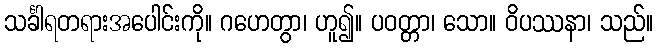
သင်္ခါရတရားအပေါင်းကို။ ဂဟေတွာ၊ ဟူ၍။ ပဝတ္တာ၊ သော။ ဝိပဿနာ၊ သည်။